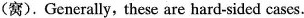
(窝).Generally,these are hard-sided cases.